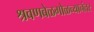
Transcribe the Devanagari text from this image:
श्रवणबेळगोळच्यानंतर